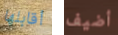
أقابلها أضيف